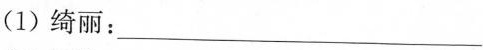
(1)绮丽：___